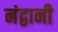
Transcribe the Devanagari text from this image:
नंद्वानी